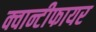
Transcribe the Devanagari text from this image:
क्वान्टीफायर